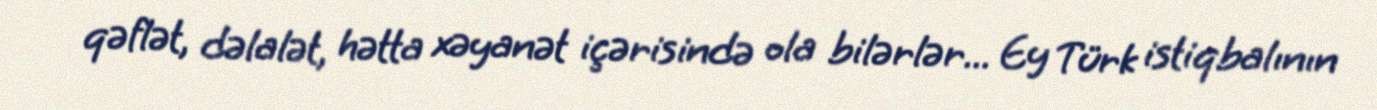
qəflət, dəlalət, hətta xəyanət içərisində ola bilərlər... Ey Türk istiqbalının